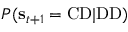
P ( \mathbf { s } _ { t + 1 } = \mathrm { C D } | \mathrm { D D } )